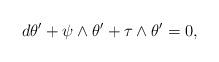
LaTeX: \begin{align*} d\theta^{\prime} + \psi\wedge \theta^{\prime} + \tau\wedge \theta^{\prime} = 0,\end{align*}